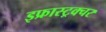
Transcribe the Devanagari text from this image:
इफ्रास्ट्रक्चर